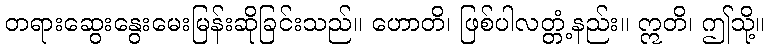
တရားဆွေးနွေးမေးမြန်းဆိုခြင်းသည်။ ဟောတိ၊ ဖြစ်ပါလတ္တံ့နည်း။ ဣတိ၊ ဤသို့။